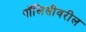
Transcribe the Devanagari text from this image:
पॉलिसीवरील